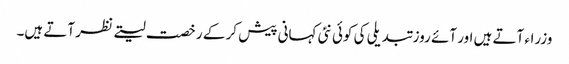
وزراء آتے ہیں اور آئے روز تبدیلی کی کوئی نئی کہانی پیش کر کے رخصت لیتے نظر آتے ہیں۔